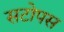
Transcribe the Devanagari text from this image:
सटोपस